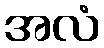
အလံ